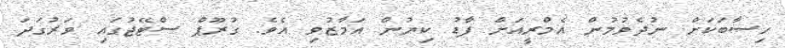
ހިސާބަކަށް ނުދެވުމުން އެމްރީއަށް ފާޑު ކިޔުން އަމާޒުވި އެވެ. ގުރޫޕް ސްޓޭޖުގައި ވަރުގަދަ